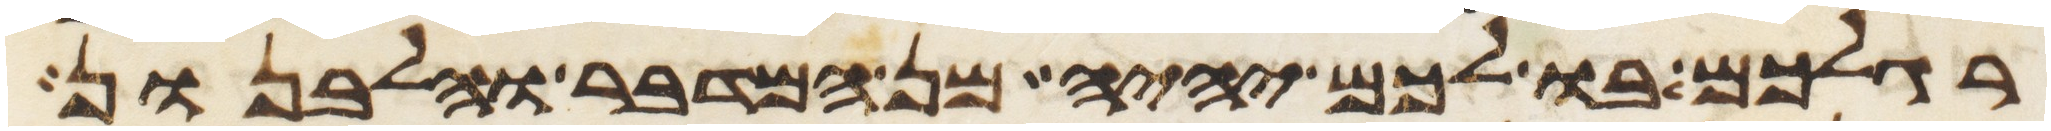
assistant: רגלכם בו לכם יהיה מן המדבר והלבנון